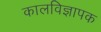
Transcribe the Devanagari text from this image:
कालविज्ञापक